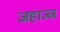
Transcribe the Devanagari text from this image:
जहाज्ज